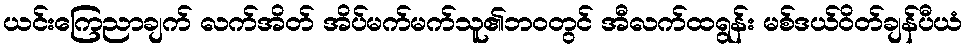
ယင်းကြေညာချက် လက်အိတ် အိပ်မက်မက်သူ၏ဘ၀တွင် အီလက်ထရွန်း မစ်ဒယ်ဝိတ်ချန်ပီယံ